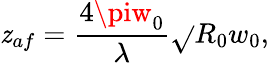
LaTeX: \mathit{z}_{af}=\frac{{4\piw_{0}}}{{\lambda}}\sqrt{}{{R_{0}w_{0}}},